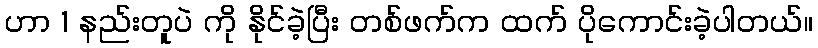
ဟာ 1 နည်းတူပဲ ကို နိုင်ခဲ့ပြီး တစ်ဖက်က ထက် ပိုကောင်းခဲ့ပါတယ်။